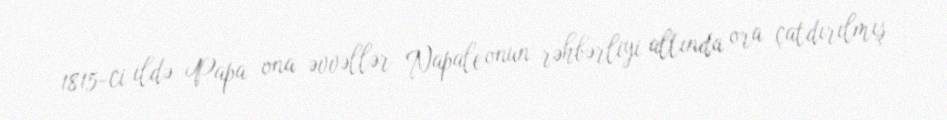
1815-ci ildə Papa ona əvvəllər Napaleonun rəhbərliyi altında ora çatdırılmış